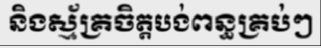
និងស្ម័គ្រចិត្តបង់ពន្ធគ្រប់ៗ